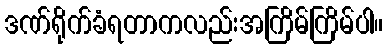
ဒဏ်ရိုက်ခံရတာကလည်းအကြိမ်ကြိမ်ပါ။